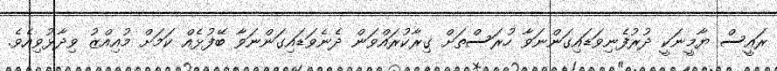
ރައީސް ޔާމީނަކީ ދުރުފެނިވަޑައިގަންނަވާ ހުރަސްތަށް ގިރާކުރައްވަން ދެނެވަޑައިގަންނަވާ ބޭފުޅެއް ކަމަށް މުއިއްޒު ވިދާޅުވިއެވެ.